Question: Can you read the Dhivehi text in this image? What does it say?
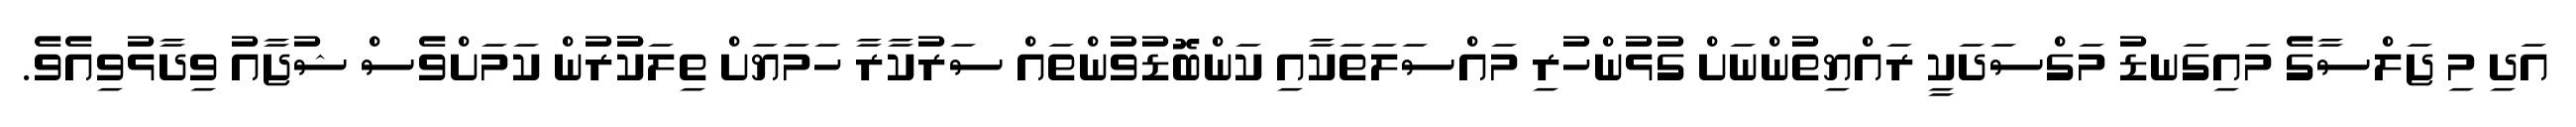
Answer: އަދި މި ޖަލްސާގެ މައިގަނޑު މަގްސަދަކީ ރައްޔިތުންނަށް ގުޅުންހުރި މައްސަލަތަކާއި ކަންބޮޑުވުންތައް ސަރުކާރާ ހަމަޔަށް ތިލަކުުރުން ކަމަށްވެސް ޝުޖާއު ވިދާޅުވިއެވެ.